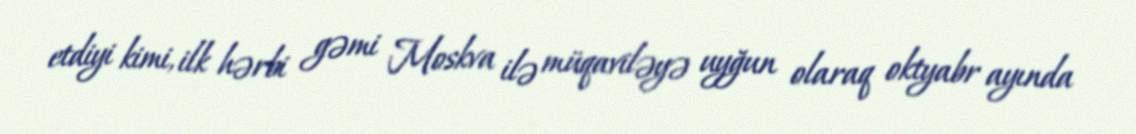
etdiyi kimi, ilk hərbi gəmi Moskva ilə müqaviləyə uyğun olaraq oktyabr ayında